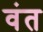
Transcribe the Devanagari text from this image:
वंत